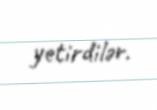
yetirdilər.